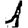
Digit: 1